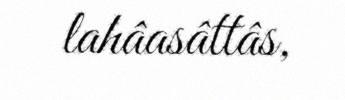
lahâasâttâs,